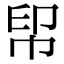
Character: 𢂗